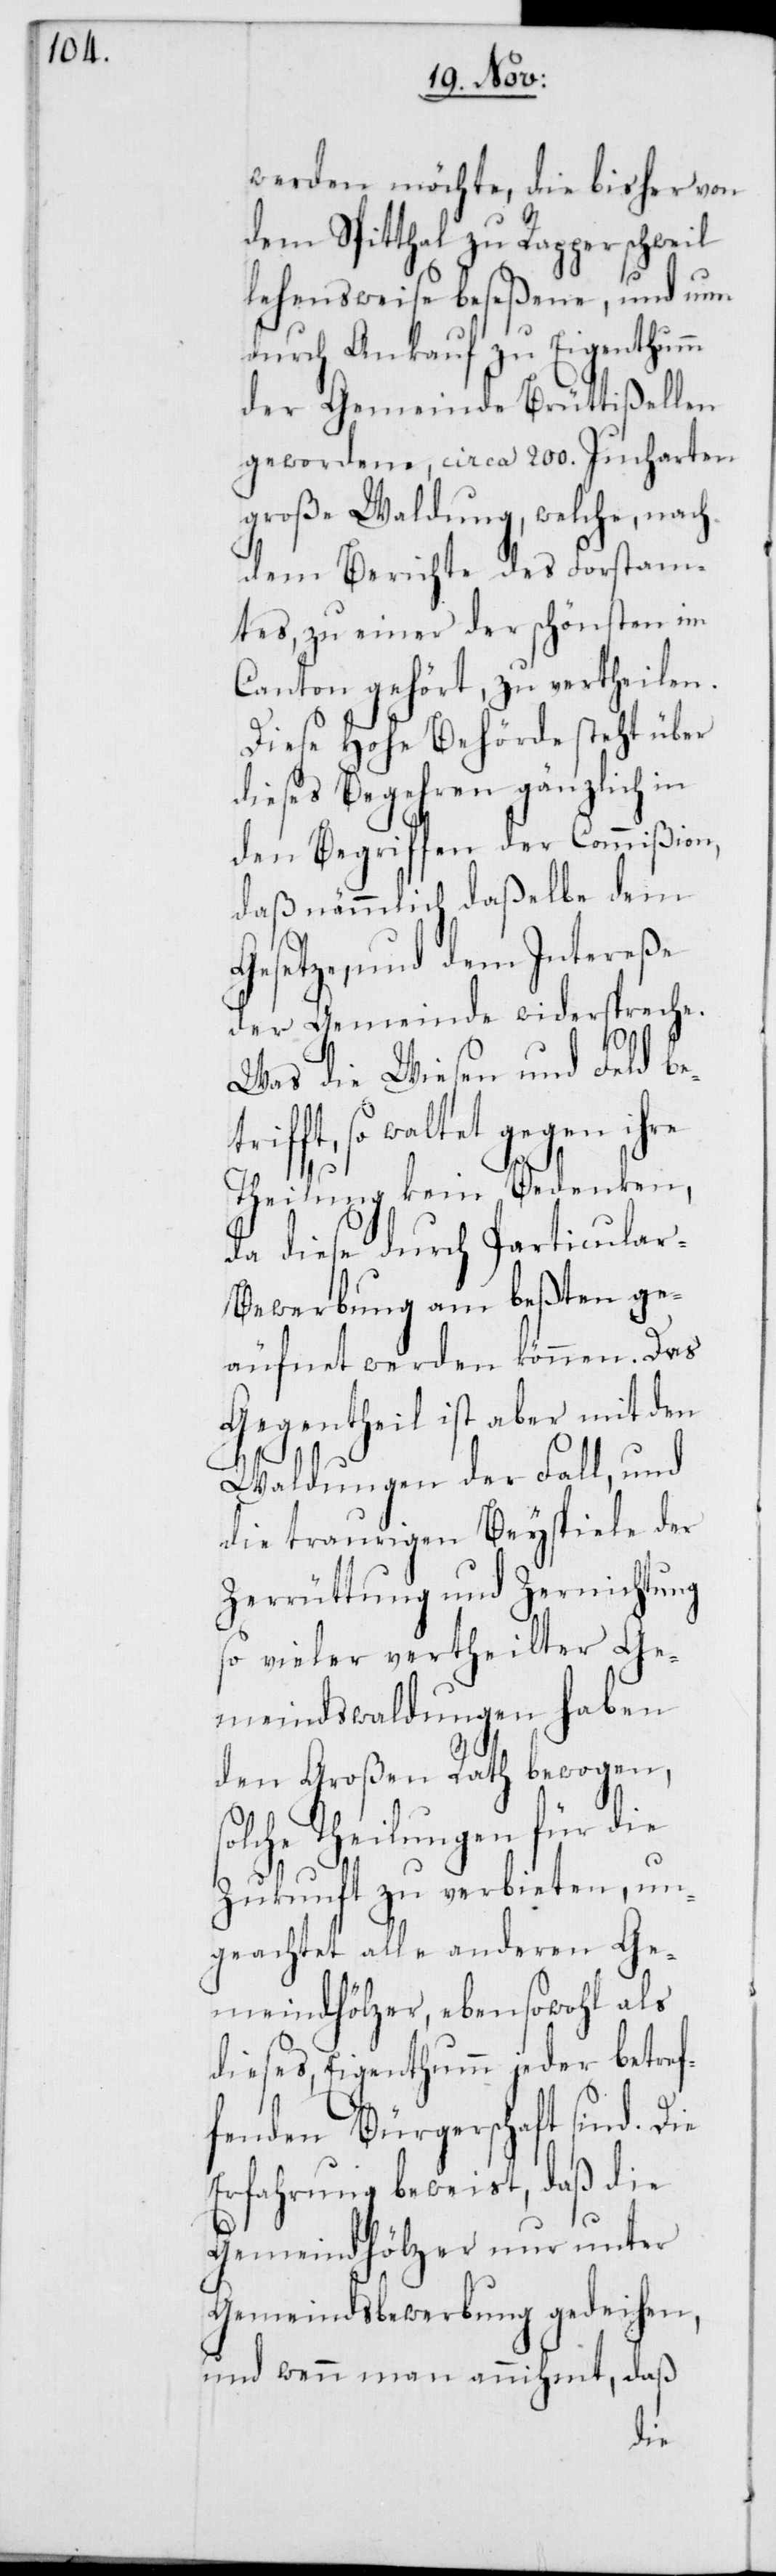
werden möchte, die bisher von
dem Spitthal zu Rapperschweil
lehensweise beseßene, und nun
durch Ankauf zu Eigenthumm
der Gemeinde Brüttißellen
gewordene, circa 200. Jucharten
große Waldung, welche nach
dem Berichte des Forstam¬
tes, zu einer der schönsten im
Canton gehört, zu vertheilen.
Diese Hohe Behörde steht über
dieses Begehren gänzlich in
den Begriffen der Commißion,
daß nämmlich daßelbe dem
Gesetze, und dem Intereße
der Gemeinde widerspreche.
Was die Wiesen und Feld be¬
fft, so waltet gegen ihre
Theilung kein Bedenken,
da diese durch Particula¬
r-Bewerbung am beßten ge¬
äufnet werden können. Das
Gegentheil ist aber mit den
tri¬
Waldungen der Fall, und
die traurigen Beyspiele der
Zerrüttung und Zernichtung
so vieler vertheilter Ge¬
meindswaldungen haben
den Großen Rath bewogen,
solche Theilungen für die
Zukunft zu verbieten, un¬
geachtet alle anderen Ge¬
meindhölzer, ebensowohl als
dieses, Eigenthumm jeder betref¬
fenden Bürgerschaft sind. Die
Erfahrung beweist, daß die
Gemeindhölzer nur unter
Gemeindsbewerbung gedeihen,
und wenn man annimmt, daß